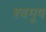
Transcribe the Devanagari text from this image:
श्वमूष